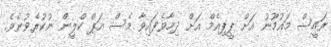
ރައީސް މައުމޫނު އަށް ޕީޕިއެމް އަށް ދިމާވެފައިވާ މެސް އަޕް ކްލީން ނުކުރެވުނެވެ.